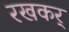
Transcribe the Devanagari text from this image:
रखकर्